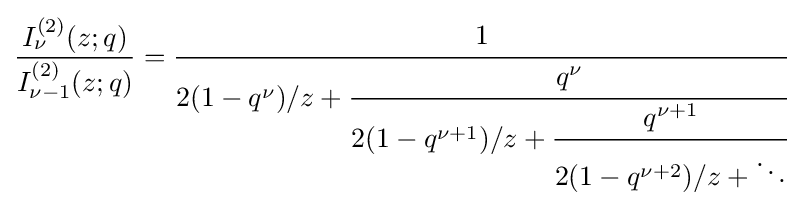
{\frac {I_{\nu }^{(2)}(z;q)}{I_{\nu -1}^{(2)}(z;q)}}={\cfrac {1}{2(1-q^{\nu })/z+{\cfrac {q^{\nu }}{2(1-q^{\nu +1})/z+{\cfrac {q^{\nu +1}}{2(1-q^{\nu +2})/z+\ddots }}}}}}